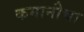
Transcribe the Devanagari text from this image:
कमानीचा